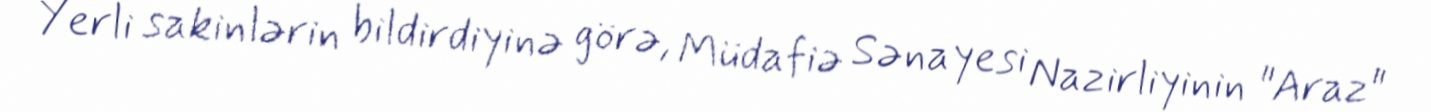
Yerli sakinlərin bildirdiyinə görə, Müdafiə Sənayesi Nazirliyinin "Araz"